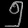
Digit: ၅